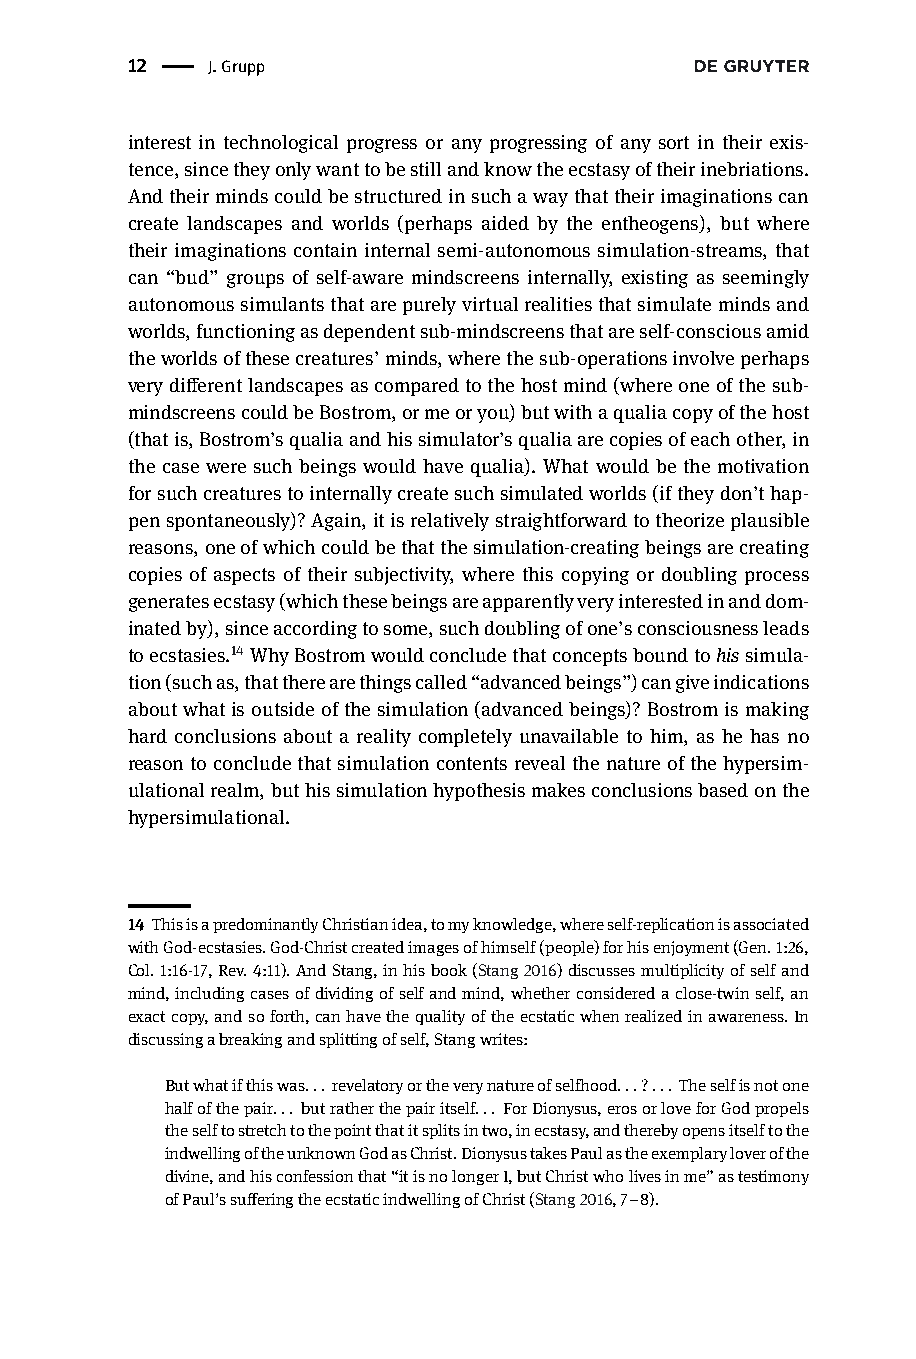
12 |  J.Grupp
 interest in technological progress or any progressing of any sort in their exis-
 tence,sincetheyonlywanttobestillandknowtheecstasyoftheirinebriations.
 Andtheirmindscouldbestructuredinsuchawaythattheirimaginationscan
 create landscapes and worlds (perhaps aided by the entheogens), but where
 their imaginations contain internal semi-autonomous simulation-streams, that
 can “bud” groups of self-aware mindscreens internally, existing as seemingly
 autonomoussimulantsthatarepurelyvirtualrealitiesthatsimulatemindsand
 worlds,functioningasdependentsub-mindscreensthatareself-consciousamid
 theworldsofthesecreatures’minds,wherethesub-operationsinvolveperhaps
 verydifferentlandscapesascomparedtothehostmind(whereoneofthesub-
 mindscreenscouldbeBostrom,ormeoryou)butwithaqualiacopyofthehost
 (thatis,Bostrom’squaliaandhissimulator’squaliaarecopiesofeachother,in
 the case were such beings would have qualia). What would be the motivation
 forsuchcreaturestointernallycreatesuchsimulatedworlds(iftheydon’thap-
 penspontaneously)?Again,itisrelativelystraightforwardtotheorizeplausible
 reasons,oneofwhichcouldbethatthesimulation-creatingbeingsarecreating
 copies of aspects of their subjectivity, where this copying or doubling process
 generatesecstasy(whichthesebeingsareapparentlyveryinterestedinanddom-
 inatedby),sinceaccordingtosome,suchdoublingofone’sconsciousnessleads
 toecstasies.14 WhyBostromwouldconcludethatconceptsboundtohissimula-
 tion(suchas,thattherearethingscalled“advancedbeings”)cangiveindications
 aboutwhatisoutsideofthesimulation(advancedbeings)?Bostromismaking
 hard conclusions about a reality completely unavailable to him, as he has no
 reasontoconcludethatsimulationcontentsrevealthenatureofthehypersim-
 ulationalrealm,buthissimulationhypothesismakesconclusionsbasedonthe
 hypersimulational.
 14 ThisisapredominantlyChristianidea,tomyknowledge,whereself-replicationisassociated
 withGod-ecstasies.God-Christcreatedimagesofhimself(people)forhisenjoyment(Gen.1:26,
 Col.1:16-17,Rev.4:11).AndStang,inhisbook(Stang2016)discussesmultiplicityofselfand
 mind,includingcasesofdividingofselfandmind,whetherconsideredaclose-twinself,an
 exactcopy,andsoforth,canhavethequalityoftheecstaticwhenrealizedinawareness.In
 discussingabreakingandsplittingofself,Stangwrites:
 Butwhatifthiswas... revelatoryortheverynatureofselfhood...?... Theselfisnotone
 halfofthepair... butratherthepairitself... ForDionysus,erosorloveforGodpropels
 theselftostretchtothepointthatitsplitsintwo,inecstasy,andtherebyopensitselftothe
 indwellingoftheunknownGodasChrist.DionysustakesPaulastheexemplaryloverofthe
 divine,andhisconfessionthat“itisnolongerI,butChristwholivesinme”astestimony
 ofPaul’ssufferingtheecstaticindwellingofChrist(Stang2016,7–8).